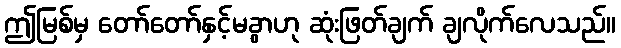
ဤမြစ်မှ တော်တော်နှင့်မခွာဟု ဆုံးဖြတ်ချက် ချလိုက်လေသည်။